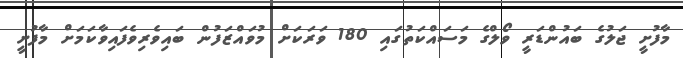
މާފުށީ ޖަލުގެ ބައުންޑަރީ ވޯލްގެ މަސައްކަތުގައި 180 ވަރަކަށް މުވައްޒަފުން ބައިވެރިވެފައިވާކަމަށް މާފުށީ